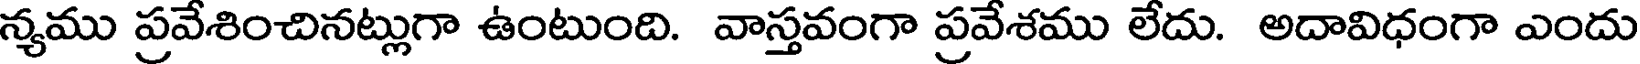
న్యము ప్రవేశించినట్లుగా ఉంటుంది. వాస్తవంగా ప్రవేశము లేదు. అదావిధంగా ఎందు